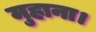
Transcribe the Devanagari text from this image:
मुहाना।